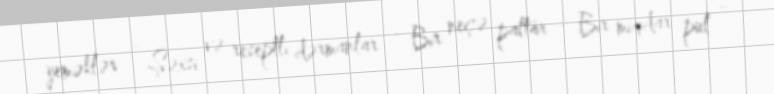
yeməklər - Şəxsi və reseptli dərmanlar - Bir neçə paltar - Bir miqdar pul -